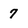
Character: 7